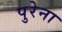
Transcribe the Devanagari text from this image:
पुरेना